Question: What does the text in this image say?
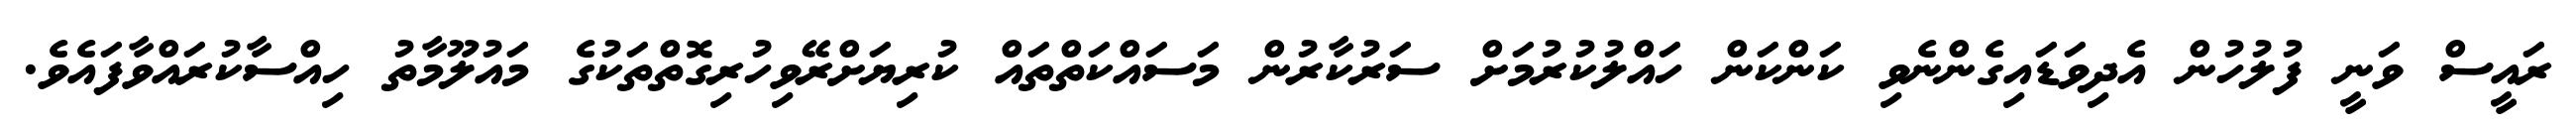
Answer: ރައީސް ވަނީ ފުލުހުން އެދިވަޑައިގެންނެވި ކަންކަން ހައްލުކުރުމަށް ސަރުކާރުން މަސައްކަތްތައް ކުރިޔަށްރޭވިހުރިގޮތްތަކުގެ މައުލޫމާތު ހިއްސާކުރައްވާފައެވެ.